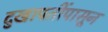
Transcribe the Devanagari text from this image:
दुखापतींपासून